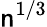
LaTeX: \mathsf{n}^{1/3}